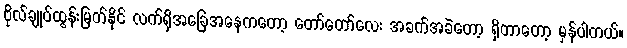
ဗိုလ်ချုပ်ထွန်းမြတ်နိုင် လက်ရှိအခြေအနေကတော့ တော်တော်လေး အခက်အခဲတော့ ရှိတာတော့ မှန်ပါတယ်။